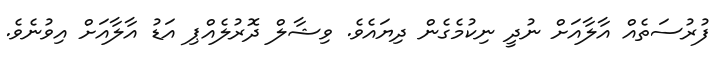
ފުރުސަތެއް އާލާއަށް ނުދީ ނިކުމެގެން ދިޔައެވެ. ވިޝާލް ދޮރުލެއްޕި އަޑު އާލާއަށް އިވުނެވެ.